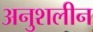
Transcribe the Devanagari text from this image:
अनुशलीन